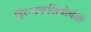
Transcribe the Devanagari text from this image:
हिरन्यकशिपोर्बक्षः